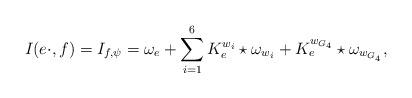
LaTeX: \begin{align*} I(e \cdot, f)= I_{f , \psi}= \omega_e+ \sum_{i=1}^{6} K_e^{w_i} \star \omega_{w_i} + K_e^{w_{G_4}}\star \omega_{w_{G_4}},\end{align*}